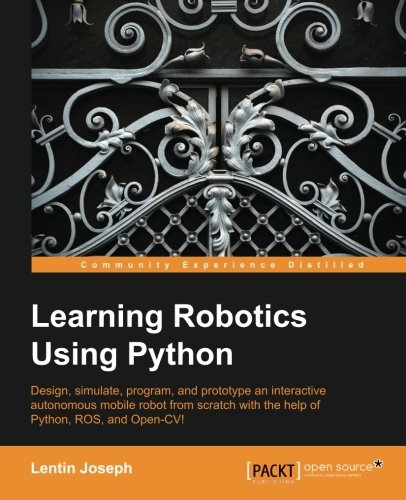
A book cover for Learning Robotics using Python; Lentin Joseph; Computers & Technology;